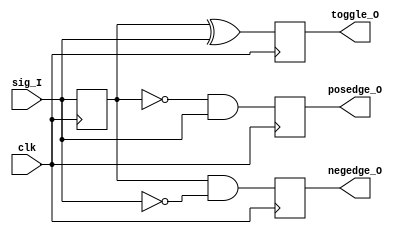
// Assuming the inputs are read from user slave registers, generate pulses on a toggle, posedge, or negedge

module pulse_gen (
  clk,
  sig_I,
  toggle_O,
  posedge_O,
  negedge_O
);

  parameter NUM = 1;

  input                clk;
  input      [NUM-1:0] sig_I;
  output reg [NUM-1:0] toggle_O;
  output reg [NUM-1:0] posedge_O;
  output reg [NUM-1:0] negedge_O;

  reg [NUM-1:0] prev;

  always @(posedge clk)
  begin
    prev <= sig_I;
    toggle_O <= prev ^ sig_I;
    posedge_O <= ~prev & sig_I;
    negedge_O <= prev & ~sig_I;
  end

endmodule